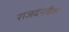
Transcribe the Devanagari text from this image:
राजदंपतीवर